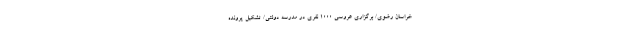
خراسان رضوی/ برگزاری عروسی ۱۰۰۰ نفری در مدرسه دولتی/ تشکیل پرونده